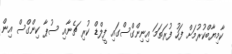
ކާމިޔާބްކުރުމަށް ފަހު ފުރަތަމަ އިނިންގްސްގައި ފީލްޑް ކުރި ޗެނާއި ސުޕާ ކިންގްސް އިން